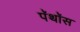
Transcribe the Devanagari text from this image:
पॅथॉस